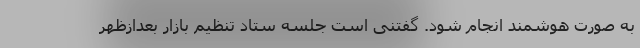
به صورت هوشمند انجام شود. گفتنی است جلسه ستاد تنظیم بازار بعدازظهر